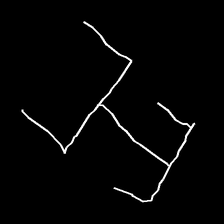
Glyph: entwine